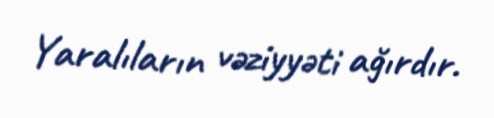
Yaralıların vəziyyəti ağırdır.